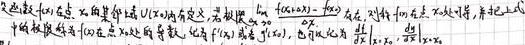
设函数$f(x)$在点$x_0$的某邻域$U(x_0)$内有定义，若极限$\lim\limits_{\Delta x\rightarrow0}\frac{f(x_0 + \Delta x)-f(x_0)}{\Delta x}$存在，则称函数$f(x)$在点$x_0$处可导，并称此极限为$f(x)$在点$x_0$处的导数，记为$f^\prime(x_0)$或者$f^\prime(x)\big|_{x = x_0}$，也可记为$\frac{df}{dx}\big|_{x = x_0}$，$\frac{dy}{dx}\big|_{x = x_0}$ 。